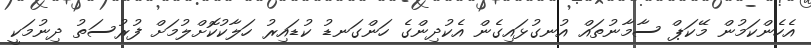
އެހެންކަމުން މޭކަޕް ސާމާނުތައް އުނގުޅައިގެން އެކުދިންގެ ހަންގަނޑު ކުޑައިރު ހަލާކުކޮށްލުމަށް ފުރުސަތު ދިނުމަކީ